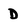
Character: D